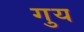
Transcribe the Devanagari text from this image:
गुय